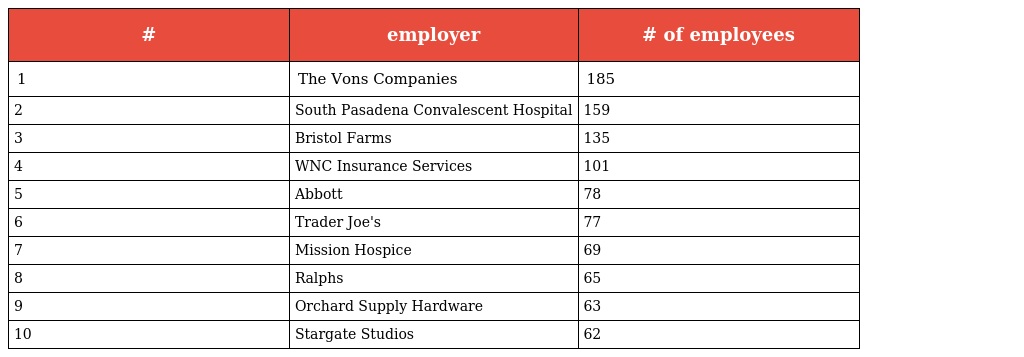
| # | employer | # of employees |
 | --- | --- | --- |
 | 1 | The Vons Companies | 185 |
 | 2 | South Pasadena Convalescent Hospital | 159 |
 | 3 | Bristol Farms | 135 |
 | 4 | WNC Insurance Services | 101 |
 | 5 | Abbott | 78 |
 | 6 | Trader Joe's | 77 |
 | 7 | Mission Hospice | 69 |
 | 8 | Ralphs | 65 |
 | 9 | Orchard Supply Hardware | 63 |
 | 10 | Stargate Studios | 62 |